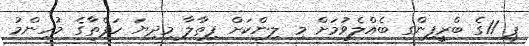
ޕީ 11ގެ ބްރީފިންގ ބެއްލެވުމަށް މި ލިންކަށް ފިތާލާ މިދިޔަ ހަފްތާގެ މުހިންމު